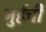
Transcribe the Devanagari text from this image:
नुर्हची